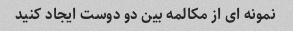
نمونه ای از مکالمه بین دو دوست ایجاد کنید